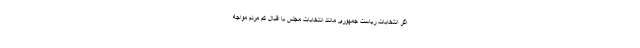
اگر انتخابات ریاست جمهوری مانند انتخابات مجلس با اقبال کم مردم مواجه